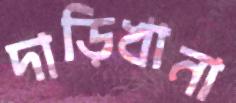
দাড়িখানা